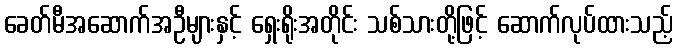
ခေတ်မီအဆောက်အဦများနှင့် ရှေးရိုးအတိုင်း သစ်သားတို့ဖြင့် ဆောက်လုပ်ထားသည့်